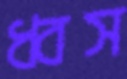
ধ্বস